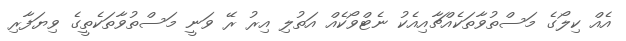
އެއް ކިލޯގެ މަސްތުވާތަކެއްޗާއިއެކު ނެޓްވޯކެއް އަތުލި އިރު ރޭ ވަނީ މަސްތުވާތަކެތީގެ ވިޔަފާރި